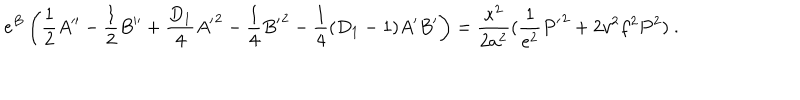
LaTeX: e ^ { B } \left( \frac { 1 } { 2 } A ^ { \prime \prime } - \frac { 1 } { 2 } B ^ { \prime \prime } + \frac { D _ { 1 } } { 4 } { A ^ { \prime } } ^ { 2 } - \frac { 1 } { 4 } { B ^ { \prime } } ^ { 2 } - \frac { 1 } { 4 } ( D _ { 1 } - 1 ) A ^ { \prime } B ^ { \prime } \right) = \frac { \kappa ^ { 2 } } { 2 a ^ { 2 } } ( \frac { 1 } { e ^ { 2 } } { P ^ { \prime } } ^ { 2 } + 2 v ^ { 2 } f ^ { 2 } P ^ { 2 } ) ~ .